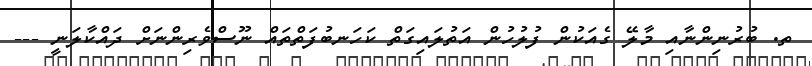
ތ. ބުރުނިންނާއި މާލޭ ގެއަކުން ފުލުހުން އަތުލައިގަތް ކަހަނބުފަތްތައް ނޫސްވެރިންނަށް ދައްކާލަނީ ---